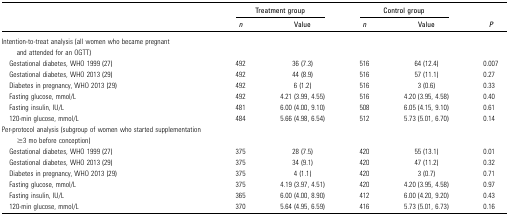
|  | <COLSPAN=2> Treatment group | <COLSPAN=2> Control group |  |
 |  | n | Value | n | Value | P |
 | --- | --- | --- | --- | --- | --- |
 | Intention-to-treat analysis (all women who became pregnant and attended for an OGTT) |  |  |  |  |  |
 | Gestational diabetes, WHO 1999 (27) | 492 | 36 (7.3) | 516 | 64 (12.4) | 0.007 |
 | Gestational diabetes, WHO 2013 (29) | 492 | 44 (8.9) | 516 | 57 (11.1) | 0.27 |
 | Diabetes in pregnancy, WHO 2013 (29) | 492 | 6 (1.2) | 516 | 3 (0.6) | 0.33 |
 | Fasting glucose, mmol/L | 492 | 4.21 (3.99, 4.55) | 516 | 4.20 (3.95, 4.58) | 0.40 |
 | Fasting insulin, IU/L | 481 | 6.00 (4.00, 9.10) | 508 | 6.05 (4.15, 9.10) | 0.61 |
 | 120-min glucose, mmol/L | 484 | 5.66 (4.98, 6.54) | 512 | 5.73 (5.01, 6.70) | 0.14 |
 | Per-protocol analysis (subgroup of women who started supplementation ≥3 mo before conception) |  |  |  |  |  |
 | Gestational diabetes, WHO 1999 (27) | 375 | 28 (7.5) | 420 | 55 (13.1) | 0.01 |
 | Gestational diabetes, WHO 2013 (29) | 375 | 34 (9.1) | 420 | 47 (11.2) | 0.32 |
 | Diabetes in pregnancy, WHO 2013 (29) | 375 | 4 (1.1) | 420 | 3 (0.7) | 0.71 |
 | Fasting glucose, mmol/L | 375 | 4.19 (3.97, 4.51) | 420 | 4.20 (3.95, 4.58) | 0.97 |
 | Fasting insulin, IU/L | 365 | 6.00 (4.00, 8.90) | 412 | 6.00 (4.20, 9.20) | 0.43 |
 | 120-min glucose, mmol/L | 370 | 5.64 (4.95, 6.59) | 416 | 5.73 (5.01, 6.73) | 0.16 |